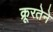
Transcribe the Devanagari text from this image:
क्रूरतेने